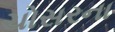
ચોસરના